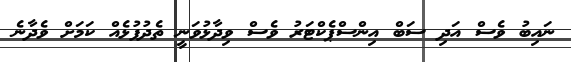
ނައިބު ވެސް އަދި ސަބް އިންސްޕެކްޓަރު ވެސް ވިދާޅުވަނީ ތެދުފުޅެއް ކަމަށް ވެދާނެ